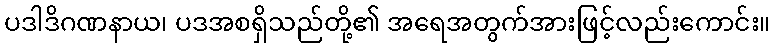
ပဒါဒိဂဏနာယ၊ ပဒအစရှိသည်တို့၏ အရေအတွက်အားဖြင့်လည်းကောင်း။